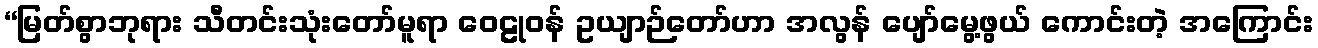
“မြတ်စွာဘုရား သီတင်းသုံးတော်မူရာ ဝေဠုဝန် ဥယျာဉ်တော်ဟာ အလွန် ပျော်မွေ့ဖွယ် ကောင်းတဲ့ အကြောင်း